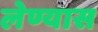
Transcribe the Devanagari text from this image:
लेण्यास